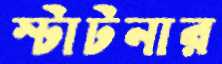
স্টাটনার